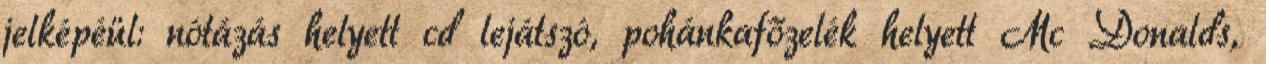
jelképéül: nótázás helyett cd lejátszó, pohánkafőzelék helyett Mc Donalds,